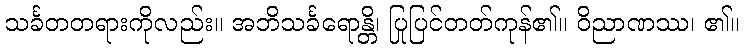
သင်္ခတတရားကိုလည်း။ အဘိသင်္ခရောန္တိ၊ ပြုပြင်တတ်ကုန်၏။ ဝိညာဏဿ၊ ၏။